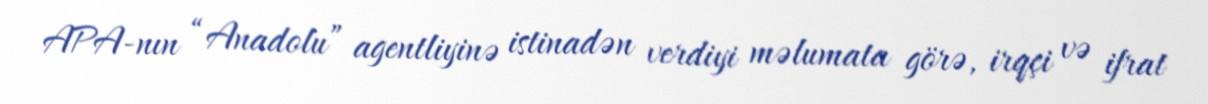
APA-nın “Anadolu” agentliyinə istinadən verdiyi məlumata görə, irqçi və ifrat